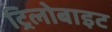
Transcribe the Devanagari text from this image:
ट्रिलोबाइट